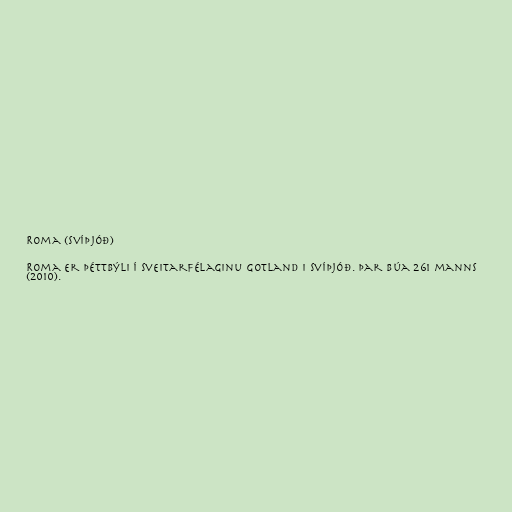
Roma (Svíþjóð)

Roma er þéttbýli í sveitarfélaginu Gotland i Svíþjóð. Þar búa 261 manns
(2010).